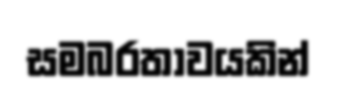
සමබරතාවයකින්